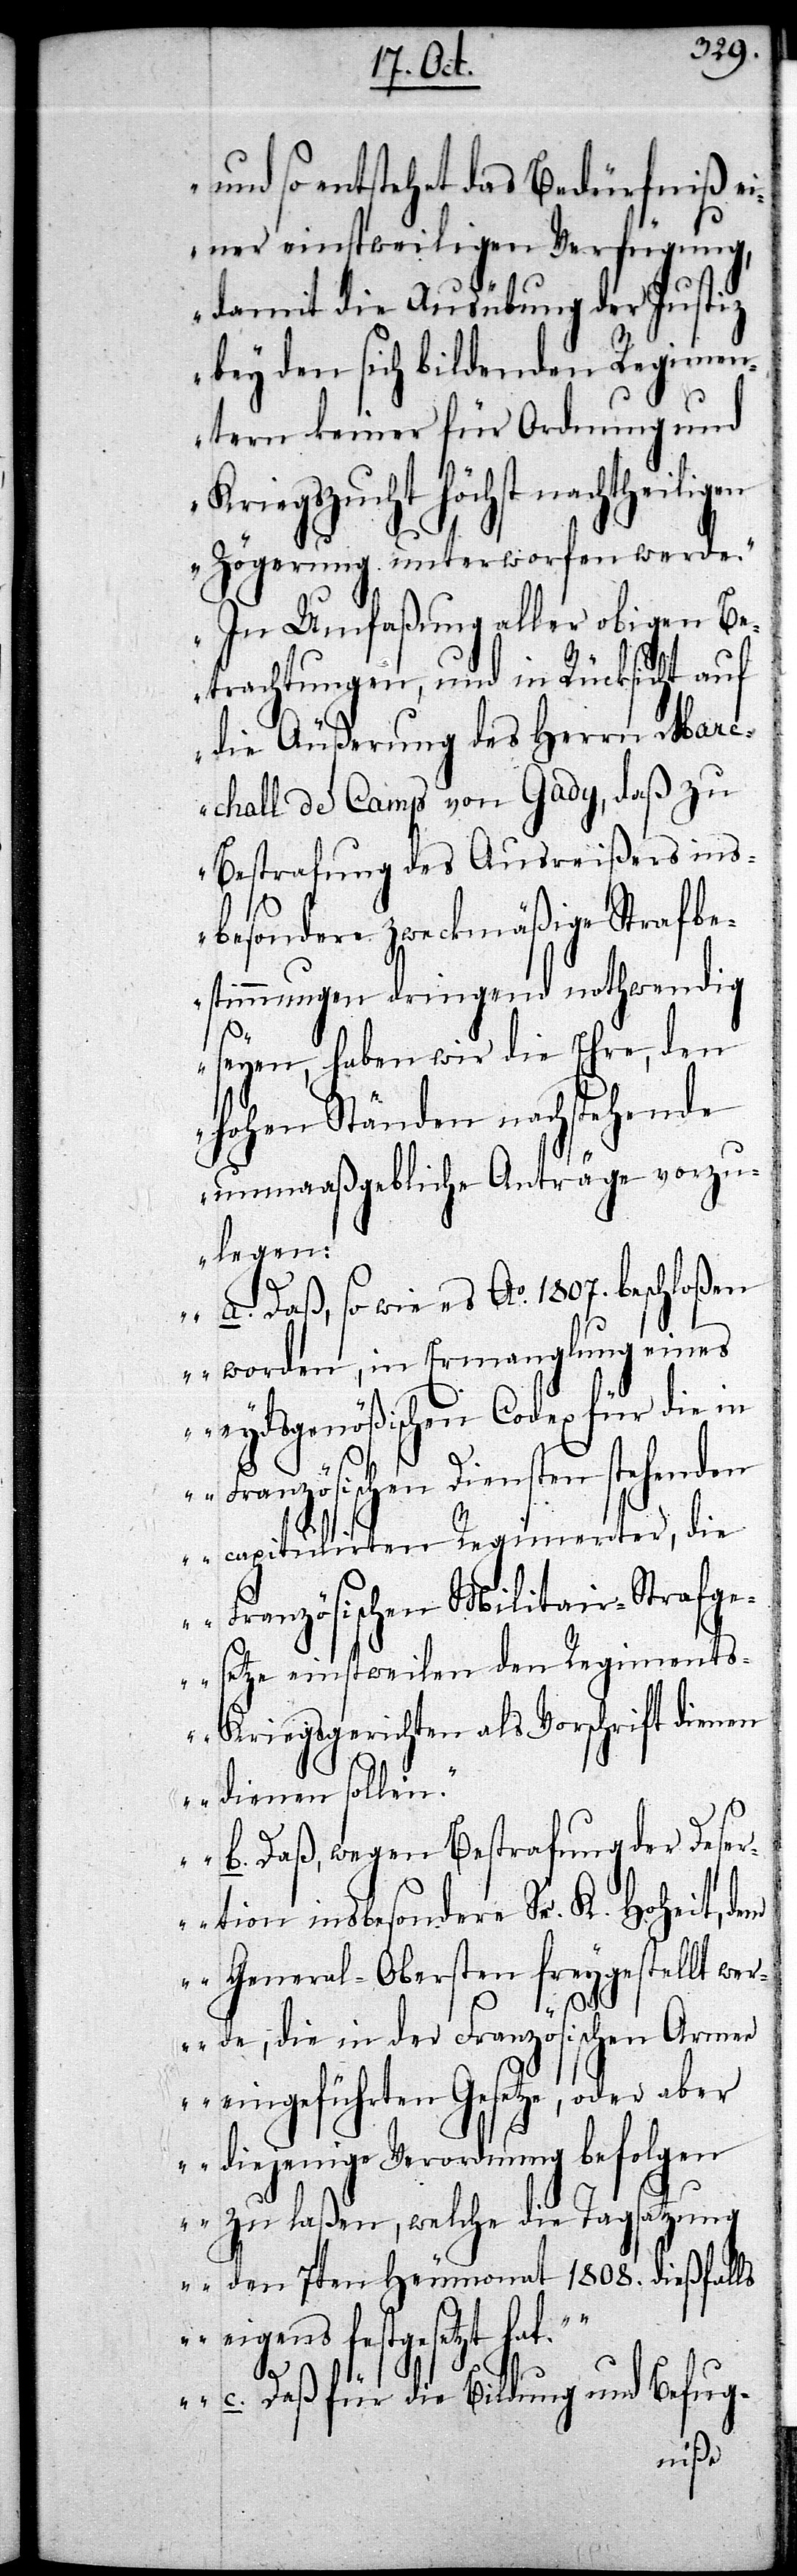
und so entsteht das Bedürfniß ei¬
ner einstweiligen Verfügung,
damit die Ausübung der Justiz
bey den sich bildenden Regimen¬
tern keiner für Ordnung und
Kriegszucht höchst nachtheiligen
Zögerung unterworfen werde.
In Umfaßung aller obigen Be¬
trachtungen, und in Rücksicht auf
die Äußerung des Herrn Mare¬
chall de Camp von Gady, daß zu
Bestrafung des Ausreißers ins¬
besondere zweckmäßige Strafbe¬
stimmungen dringend nothwendig
seyen, haben wir die Ehre, den
hohen Ständen nachstehende
unmaaßgebliche Anträge vorzu¬
legen:
‚a. Daß, so wie es Ao. 1807. beschloßen
worden, in Ermanglung eines
eydsgenößischen Codex für die in
Französischen Diensten stehenden
capitulirten Regimenter, die
Französischen Militair-Strafge¬
setze einstweilen den Regiment¬
s-Kriegsgerichten als Vorschrift dienen
b. Daß, wegen Bestrafung der Dese¬
rtion insbesondere Sr. K. Hoheit, d¬
em General-Obersten freygestellt wer¬
de, die in der Französischen Arme¬
e eingeführten Gesetze, oder aber
diejenige Verordnung befolgen
zu laßen, welche die Tagsatzung
den 7ten Heumonat 1808. dießfalls
eigens festgesetzt hat.
c. Daß für die Bildung und Befug-